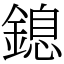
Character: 鎴